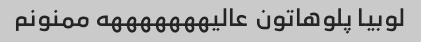
لوبیا پلوهاتون عالیهههههههه ممنونم